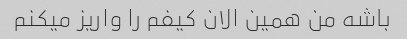
باشه من همین الان کیفم را واریز میکنم